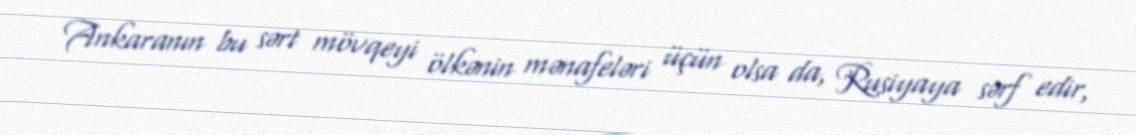
Ankaranın bu sərt mövqeyi ölkənin mənafeləri üçün olsa da, Rusiyaya sərf edir,